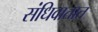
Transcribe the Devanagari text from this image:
संधिवातात